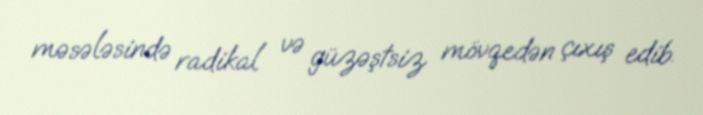
məsələsində radikal və güzəştsiz mövqedən çıxış edib.